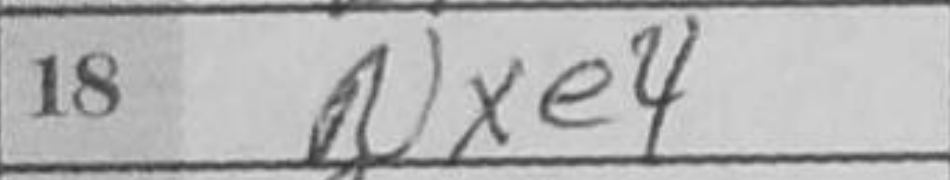
Transcription: Nxe4